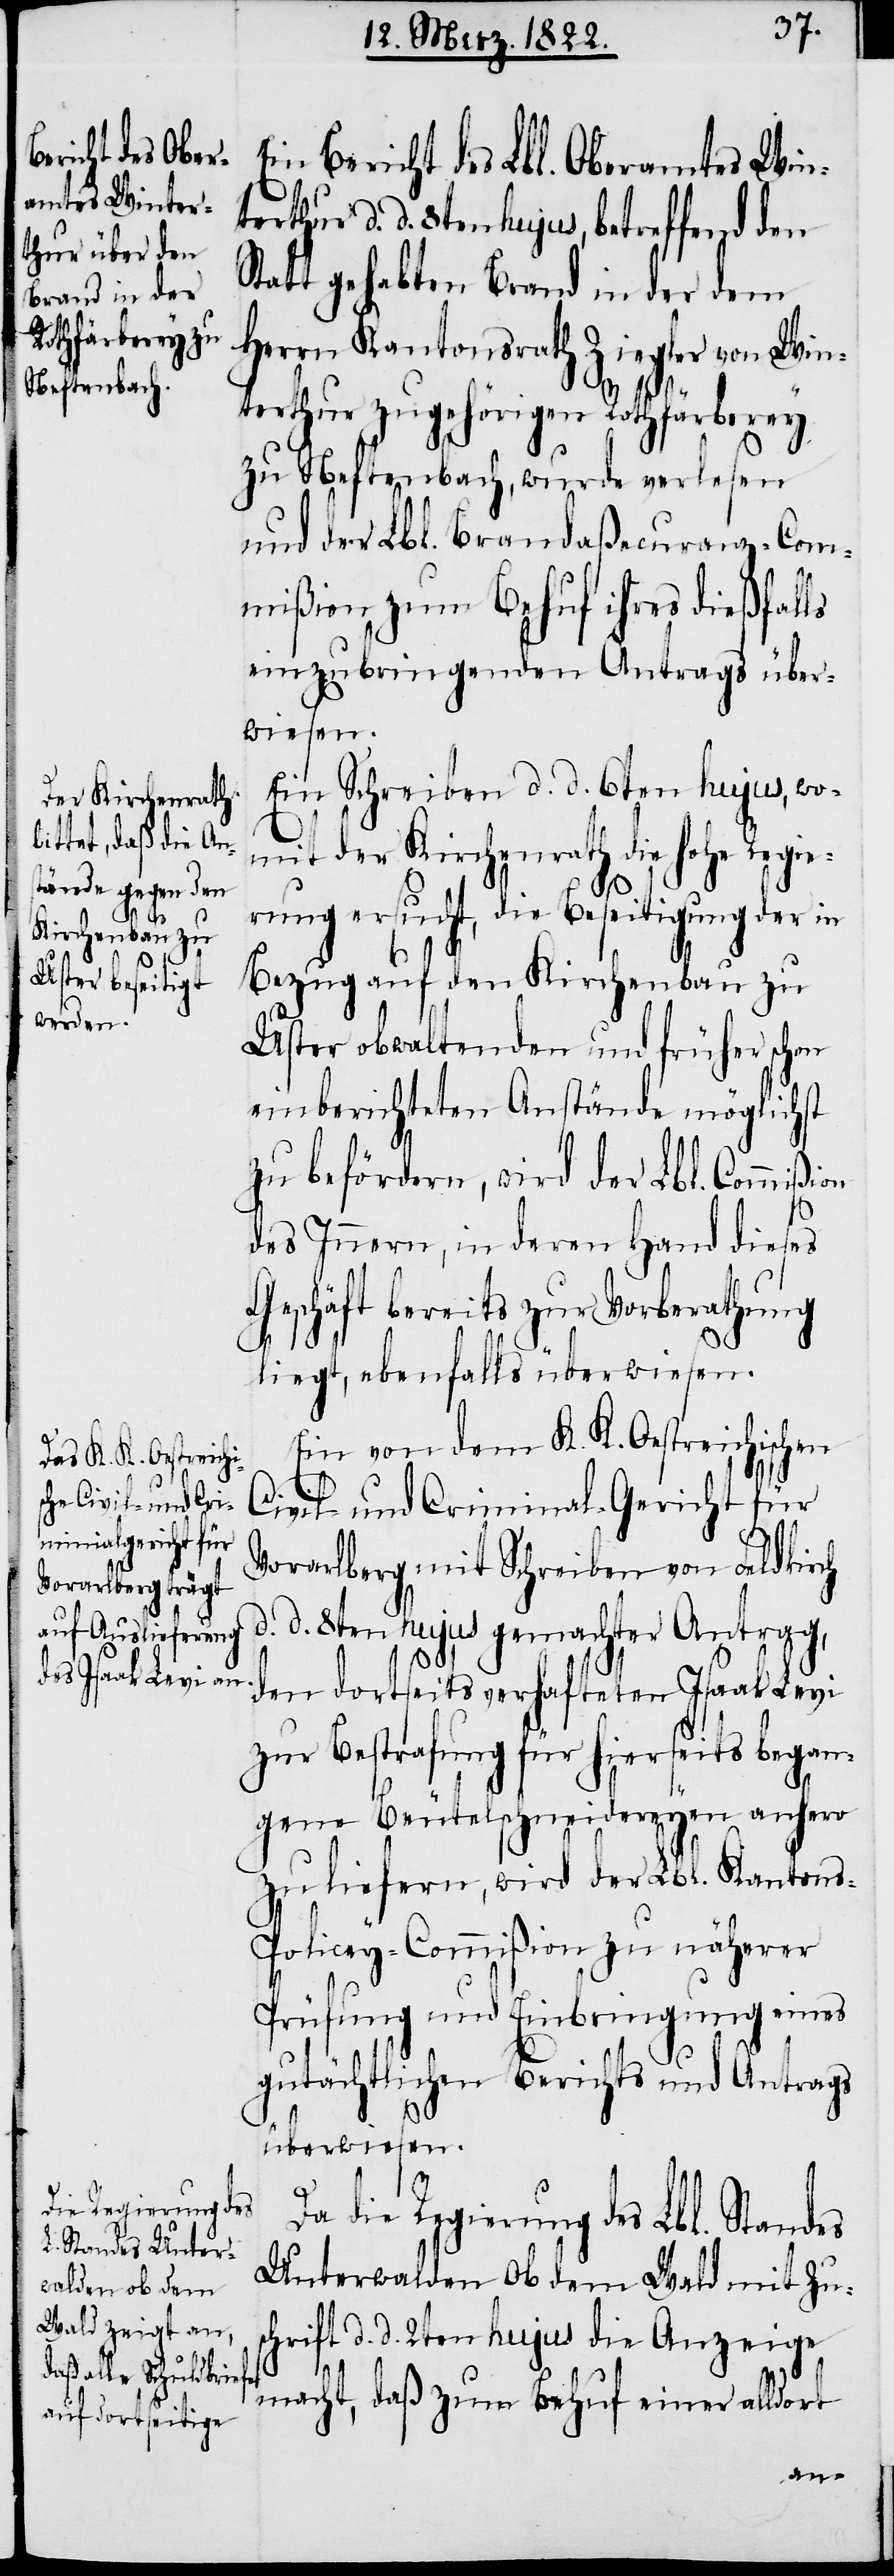
Ein Bericht des Lbl. Oberamtes Win¬
terthur d. d. 8ten hujus, betreffend den
tatt gehabten Brand in der dem
Herrn Kantonsrath Ziegler von Win¬
terthur zugehörigen Rothfärberey
zu Neftenbach, wurde verlesen
und der Lbl. Brandaßecuranz-Com¬
mißion zum Behuf ihres dießfalls
einzubringenden Antrags über¬
wiesen.
Ein Schreiben d. d. 6ten hujus, wo¬
mit der Kirchenrath die hohe Regie¬
rung ersucht, die Beseitigung der
Bezug auf den Kirchenbau zu
Uster obwaltenden und früher schon
einberichteten Anstände möglichst
zu befördern, wird der Lbl. Commißi¬
des Innern, in deren Hand dieses
Geschäft bereits zur Vorberathung
liegt, ebenfalls überwiesen.
Ein von dem K. K. Oestreichischen
Civil- und Criminal-Gericht für
Vorarlberg mit Schreiben von Feldkirch
d. 8ten hujus gemachter Antrag,
den dortseits verhafteten Isaak Levi
zur Bestrafung für hierseits began¬
gene Beutelschneidereyen anhero
zu liefern, wird der Lbl. Kanton¬
s-Policey-Commißion zu näherer
Prüfung und Einbringung eines
gutächtlichen Berichts und Antrags
überwiesen.
d.
on